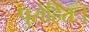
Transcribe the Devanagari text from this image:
पुरोहितः।